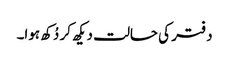
دفتر کی حالت دیکھ کر دُکھ ہوا۔